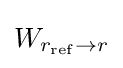
W_{r_{\rm {ref}}\rightarrow r}